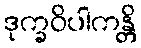
ဒုက္ခဝိပါကန္တိ